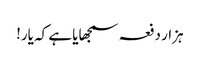
ہزار دفعہ سمجھایا ہے کہ یار!